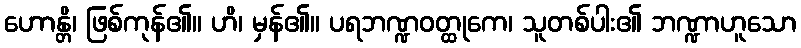
ဟောန္တိ၊ ဖြစ်ကုန်၏။ ဟိ၊ မှန်၏။ ပရဘဏ္ဍဝတ္ထုကေ၊ သူတစ်ပါး၏ ဘဏ္ဍာဟူသော